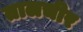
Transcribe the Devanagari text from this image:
तालचीर